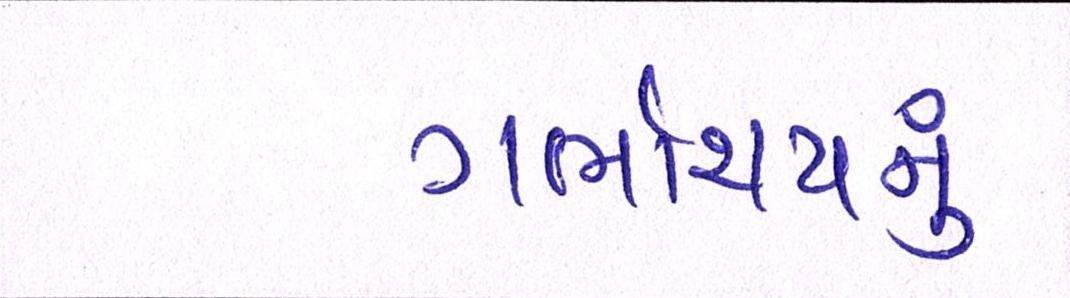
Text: ગર્ભાશયનું